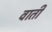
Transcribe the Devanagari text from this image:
वाती